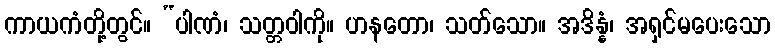
ကာယကံတို့တွင်။ “ပါဏံ၊ သတ္တဝါကို။ ဟနတော၊ သတ်သော။ အဒိန္နံ၊ အရှင်မပေးသော